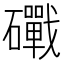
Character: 𥗜